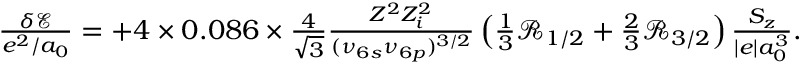
\begin{array} { r } { \frac { \delta { \ensuremath { \mathcal E } } } { e ^ { 2 } / a _ { 0 } } = + 4 \times 0 . 0 8 6 \times \frac { 4 } { \sqrt { 3 } } \frac { Z ^ { 2 } Z _ { i } ^ { 2 } } { ( \nu _ { 6 s } \nu _ { 6 p } ) ^ { 3 / 2 } } \left( \frac { 1 } { 3 } { \ensuremath { \mathcal R } } _ { 1 / 2 } + \frac { 2 } { 3 } { \ensuremath { \mathcal R } } _ { 3 / 2 } \right) \frac { S _ { z } } { | e | a _ { 0 } ^ { 3 } } . } \end{array}